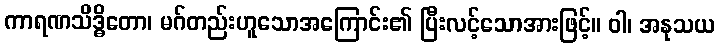
ကာရဏသိဒ္ဓိတော၊ မဂ်တည်းဟူသောအကြောင်း၏ ပြီးလင့်သောအားဖြင့်။ ဝါ၊ အနုသယ